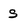
Character: s